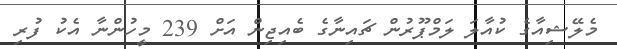
މެލޭޝިއާގެ ކުއާލަ ލަމްޕޫރުން ޗައިނާގެ ބެއިޖިން އަށް 239 މީހުންނާ އެކު ފުރި